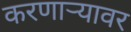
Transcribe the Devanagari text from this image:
करणाऱ्यावर